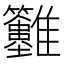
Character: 𩁲